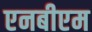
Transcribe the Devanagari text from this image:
एनबीएम